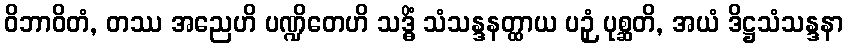
ဝိဘာဝိတံ, တဿ အညေဟိ ပဏ္ဍိတေဟိ သဒ္ဓိံ သံသန္ဒနတ္ထာယ ပဉှံ ပုစ္ဆတိ, အယံ ဒိဋ္ဌသံသန္ဒနာ